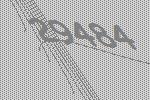
29484